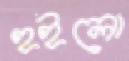
হইলো